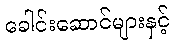
ခေါင်းဆောင်များနှင့်